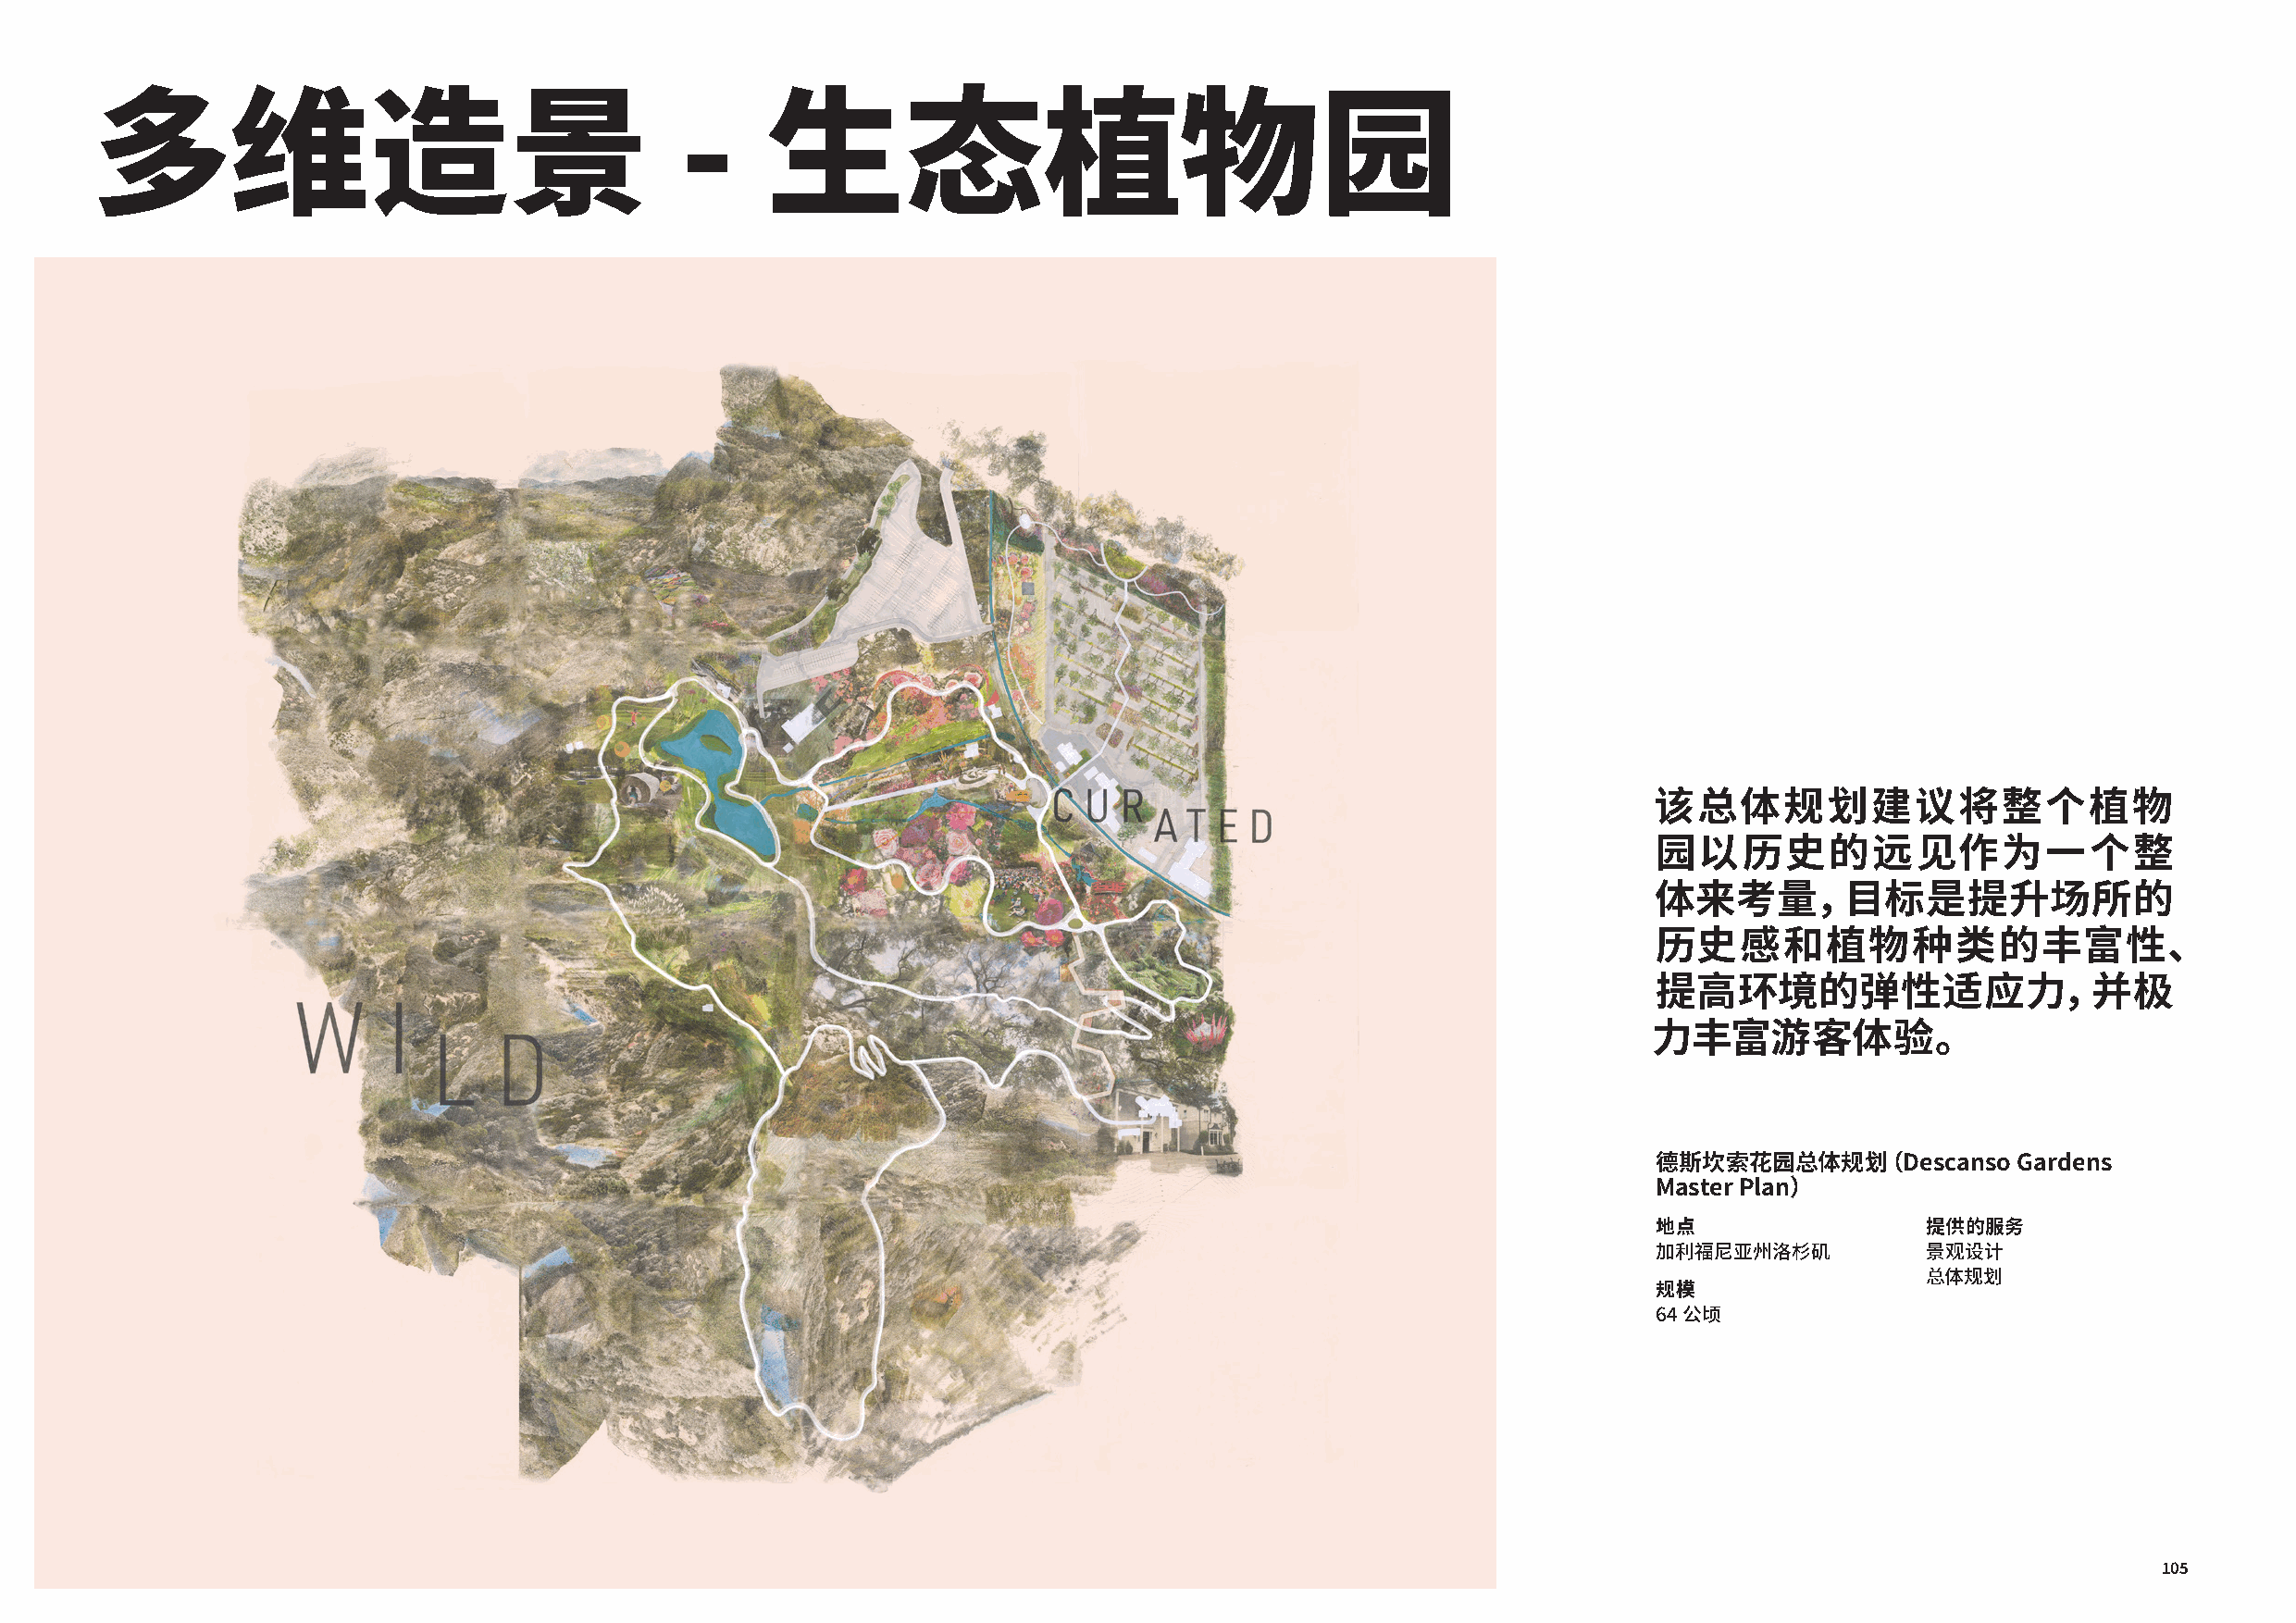
多维造景                                      -     生态植物园
 该总体规划建议将整个植物
 园以历史的远见作为一个整
 体来考量，目标是提升场所的
 历史感和植物种类的丰富性、
 提高环境的弹性适应力，并极
 力丰富游客体验。
 德斯坎索花园总体规划（Descanso       Gardens
 Master Plan）
 地点                  提供的服务
 加利福尼亚州洛杉矶           景观设计
 总体规划
 规模
 64 公顷
 104                                                                                                                                                 105